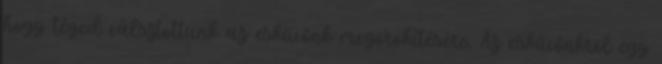
hogy téged válsztottunk az esküvőnk megörökítésére. Az esküvőnkröl egy